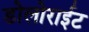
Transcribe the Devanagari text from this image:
डोलोराईट